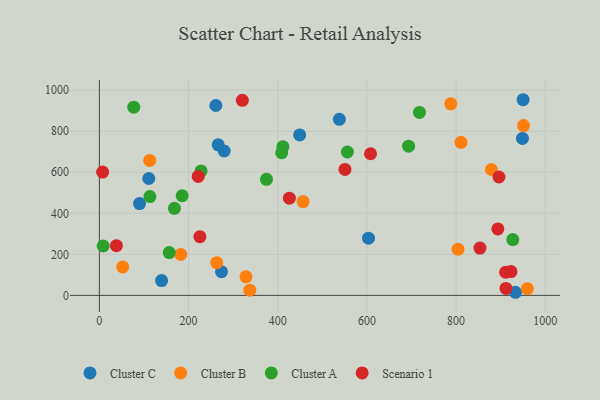
{"axis": {"x": "Engine Size", "y": "Profit"}, "legend": ["Cluster A", "Cluster B", "Cluster C", "Scenario 1"], "data": [{"x": "139.6", "y": 72.3, "type": "Cluster C"}, {"x": "603.6", "y": 278.6, "type": "Cluster C"}, {"x": "950.2", "y": 953.5, "type": "Cluster C"}, {"x": "279.9", "y": 703.7, "type": "Cluster C"}, {"x": "948.8", "y": 765.1, "type": "Cluster C"}, {"x": "266.5", "y": 733.5, "type": "Cluster C"}, {"x": "110.8", "y": 569.7, "type": "Cluster C"}, {"x": "90.1", "y": 447.6, "type": "Cluster C"}, {"x": "273.9", "y": 115.2, "type": "Cluster C"}, {"x": "261.2", "y": 925.3, "type": "Cluster C"}, {"x": "538.2", "y": 857.9, "type": "Cluster C"}, {"x": "933.1", "y": 15.2, "type": "Cluster C"}, {"x": "449.2", "y": 781.9, "type": "Cluster C"}, {"x": "811.0", "y": 746.0, "type": "Cluster B"}, {"x": "182.5", "y": 199.7, "type": "Cluster B"}, {"x": "456.9", "y": 457.2, "type": "Cluster B"}, {"x": "263.2", "y": 159.6, "type": "Cluster B"}, {"x": "951.2", "y": 827.4, "type": "Cluster B"}, {"x": "337.4", "y": 25.2, "type": "Cluster B"}, {"x": "52.3", "y": 138.6, "type": "Cluster B"}, {"x": "328.7", "y": 90.3, "type": "Cluster B"}, {"x": "959.8", "y": 32.8, "type": "Cluster B"}, {"x": "879.2", "y": 613.5, "type": "Cluster B"}, {"x": "788.0", "y": 933.7, "type": "Cluster B"}, {"x": "804.3", "y": 224.8, "type": "Cluster B"}, {"x": "112.9", "y": 657.9, "type": "Cluster B"}, {"x": "77.1", "y": 917.3, "type": "Cluster A"}, {"x": "185.6", "y": 485.5, "type": "Cluster A"}, {"x": "113.3", "y": 481.7, "type": "Cluster A"}, {"x": "408.8", "y": 695.0, "type": "Cluster A"}, {"x": "556.2", "y": 698.8, "type": "Cluster A"}, {"x": "8.6", "y": 240.8, "type": "Cluster A"}, {"x": "168.3", "y": 424.5, "type": "Cluster A"}, {"x": "693.4", "y": 727.1, "type": "Cluster A"}, {"x": "156.7", "y": 208.6, "type": "Cluster A"}, {"x": "717.8", "y": 891.4, "type": "Cluster A"}, {"x": "411.6", "y": 724.8, "type": "Cluster A"}, {"x": "228.1", "y": 606.5, "type": "Cluster A"}, {"x": "374.8", "y": 565.5, "type": "Cluster A"}, {"x": "927.1", "y": 272.1, "type": "Cluster A"}, {"x": "426.1", "y": 473.9, "type": "Scenario 1"}, {"x": "893.6", "y": 324.0, "type": "Scenario 1"}, {"x": "911.0", "y": 112.8, "type": "Scenario 1"}, {"x": "911.8", "y": 34.0, "type": "Scenario 1"}, {"x": "853.5", "y": 230.8, "type": "Scenario 1"}, {"x": "896.1", "y": 577.0, "type": "Scenario 1"}, {"x": "225.4", "y": 286.0, "type": "Scenario 1"}, {"x": "221.7", "y": 579.6, "type": "Scenario 1"}, {"x": "38.2", "y": 242.3, "type": "Scenario 1"}, {"x": "320.6", "y": 950.6, "type": "Scenario 1"}, {"x": "923.1", "y": 116.2, "type": "Scenario 1"}, {"x": "608.1", "y": 690.2, "type": "Scenario 1"}, {"x": "550.8", "y": 613.9, "type": "Scenario 1"}, {"x": "7.3", "y": 601.0, "type": "Scenario 1"}]}